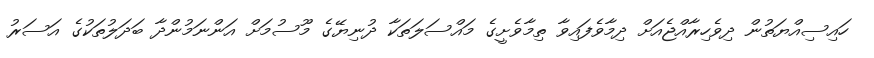
ހައިސިއްޔަތުން ދިވެހިރާއްޖެއަށް ދިމާވެފައިވާ ތިމާވެށީގެ މައްސަލަތަކާ ދުނިޔޭގެ މޫސުމަށް އަންނަމުންދާ ބަދަލުތަކުގެ އަސަރު